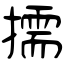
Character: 擩